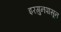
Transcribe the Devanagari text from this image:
इरगुनपासून